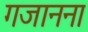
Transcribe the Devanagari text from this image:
गजानना